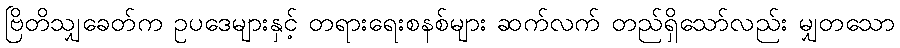
ဗြိတိသျှခေတ်က ဥပဒေများနှင့် တရားရေးစနစ်များ ဆက်လက် တည်ရှိသော်လည်း မျှတသော